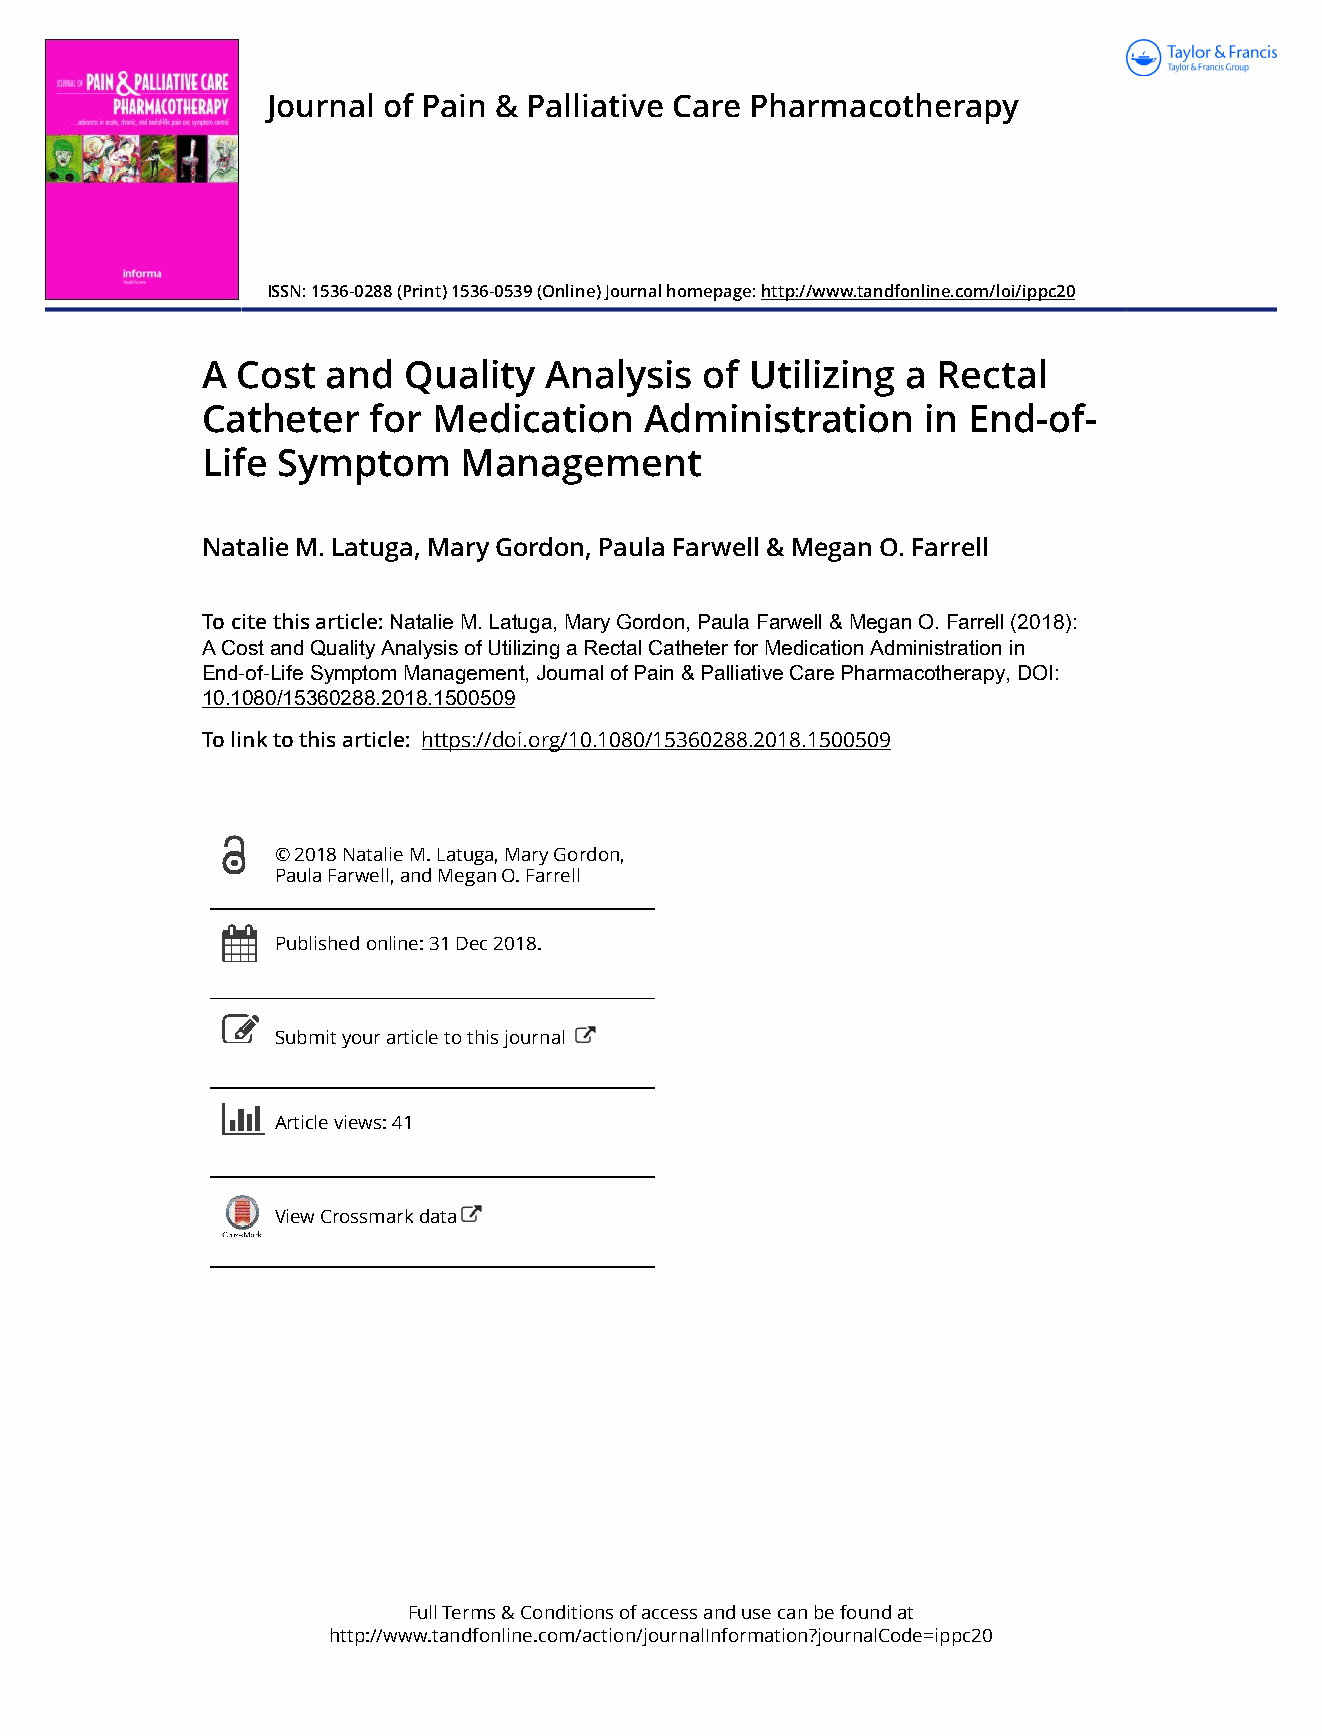
Journal of Pain & Palliative Care Pharmacotherapy
 ISSN: 1536-0288 (Print) 1536-0539 (Online) Journal homepage: http://www.tandfonline.com/loi/ippc20
 A  Cost  and  Quality  Analysis   of Utilizing a Rectal
 Catheter    for Medication    Administration    in End-of-
 Life Symptom      Management
 Natalie M. Latuga, Mary Gordon, Paula Farwell & Megan O. Farrell
 To cite this article: Natalie M. Latuga, Mary Gordon, Paula Farwell & Megan O. Farrell (2018):
 A Cost and Quality Analysis of Utilizing a Rectal Catheter for Medication Administration in
 End-of-Life Symptom Management, Journal of Pain & Palliative Care Pharmacotherapy, DOI:
 10.1080/15360288.2018.1500509
 To link to this article: https://doi.org/10.1080/15360288.2018.1500509
 © 2018 Natalie M. Latuga, Mary Gordon,
 Paula Farwell, and Megan O. Farrell
 Published online: 31 Dec 2018.
 Submit your article to this journal
 Article views: 41
 View Crossmark data
 Full Terms & Conditions of access and use can be found at
 http://www.tandfonline.com/action/journalInformation?journalCode=ippc20